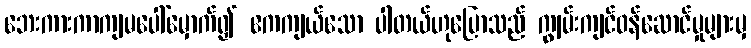
ဘေးကားကာကျမပေါ်မှောက်၍ ဧကကျယ်သော ပါတယ်ဟုပြောသည် ကျွမ်းကျင်ဝန်ဆောင်မှုများမှ